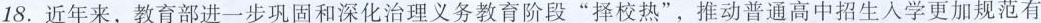
18.近年来，教育部进一步巩固和深化治理义务教育阶段”择校热”，推动普通高中招生入学更加规范有